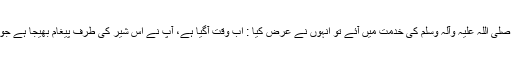
جب حضرت حسان آپ صلی اللہ علیہ وآلہ وسلم کی خدمت میں آئے تو انہوں نے عرض کیا : اب وقت آگیا ہے، آپ نے اس شیر کی طرف پیغام بھیجا ہے جو اپنی دم سے مارتا ہے۔